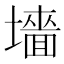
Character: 𫮰